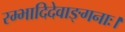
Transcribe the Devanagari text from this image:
रम्भादिदेवाङ्गनाः।